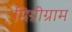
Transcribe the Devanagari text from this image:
मिग्रीग्राम